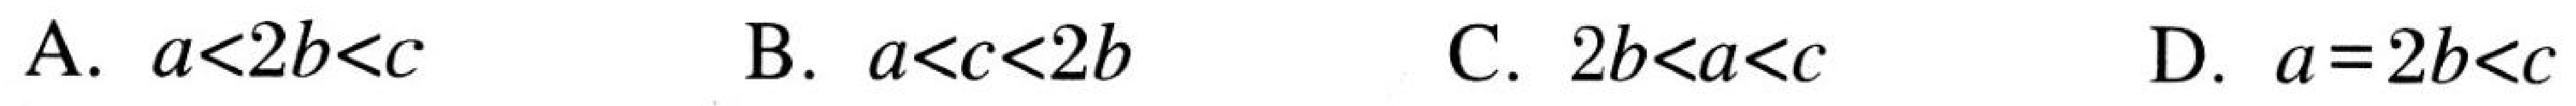
A. \(a<2b<c\)  B. \(a<c<2b\)  C. \(2b<a<c\)  D. \(a = 2b<c\)